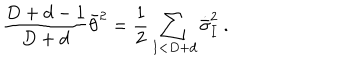
LaTeX: { \frac { D + d - 1 } { D + d } } \bar { \theta } ^ { 2 } = { \frac { 1 } { 2 } } \sum _ { I < D + d } \dot { \bar { \sigma } } _ { I } ^ { 2 } \ .